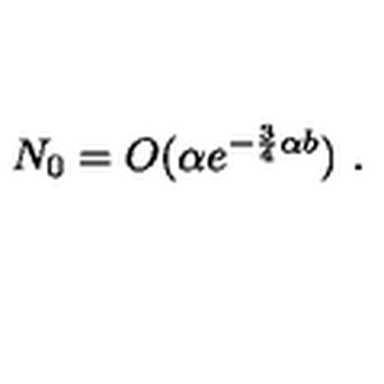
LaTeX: N _ { 0 } = O ( \alpha e ^ { - \frac { 3 } { 4 } \alpha b } ) \ .